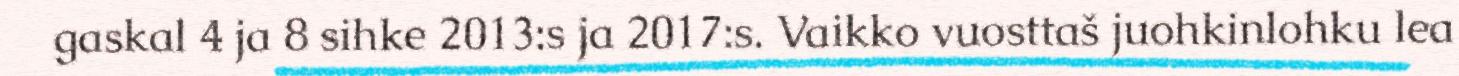
gaskal 4 ja 8 sihke 2013:s ja 2017:s. Vaikko vuosttaš juohkinlohku lea